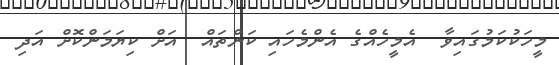
މީހަކުކަމުގައިވާ  އެމީހެއްގެ އެންމެހައި ކަންތައް  އަށް ކިޔަމަންކޮށް އަދި